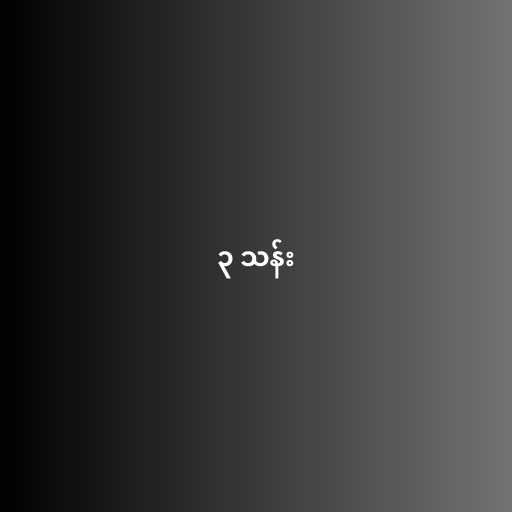
၃ သန်း